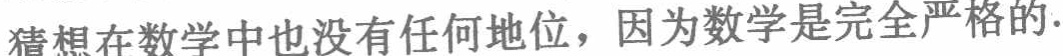
猜想在数学中也没有任何地位，因为数学是完全严格的.